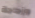
وزجاجة